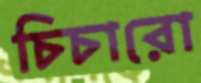
চিচারো